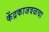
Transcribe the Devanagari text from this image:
केंद्रकाजवळचा